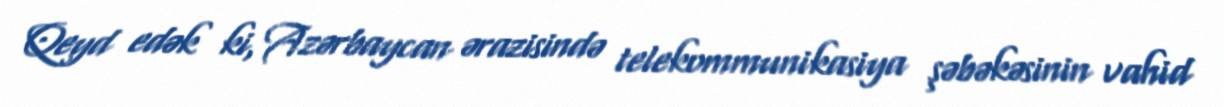
Qeyd edək ki, Azərbaycan ərazisində telekommunikasiya şəbəkəsinin vahid